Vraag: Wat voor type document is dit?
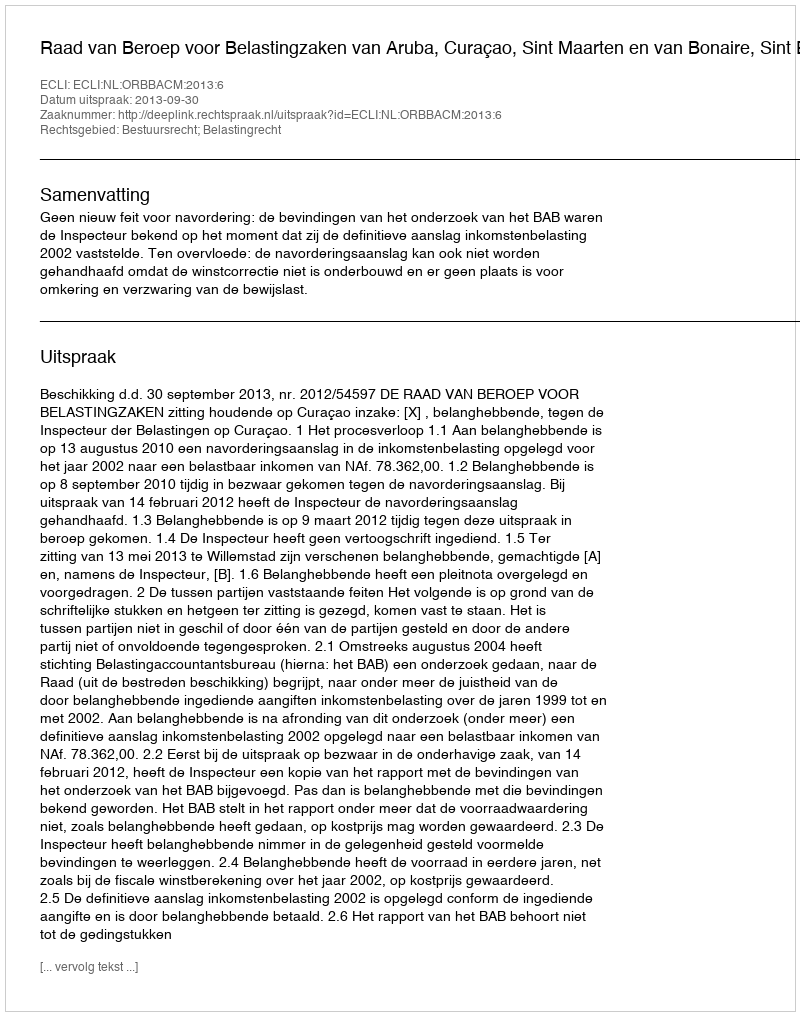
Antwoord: Uitspraak